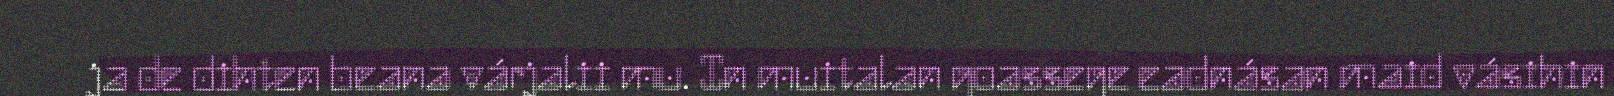
ja de dihten beana várjalii mu. In muitalan goassege eadnásan maid vásihin